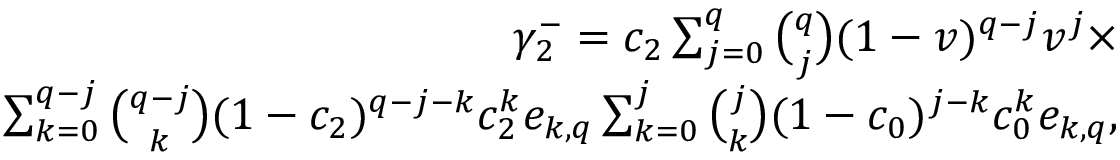
\begin{array} { r } { \gamma _ { 2 } ^ { - } = c _ { 2 } \sum _ { j = 0 } ^ { q } { \binom { q } { j } } ( 1 - v ) ^ { q - j } v ^ { j } \times } \\ { \sum _ { k = 0 } ^ { q - j } { \binom { q - j } { k } } ( 1 - c _ { 2 } ) ^ { q - j - k } c _ { 2 } ^ { k } e _ { k , q } \sum _ { k = 0 } ^ { j } { \binom { j } { k } } ( 1 - c _ { 0 } ) ^ { j - k } c _ { 0 } ^ { k } e _ { k , q } , } \end{array}